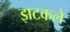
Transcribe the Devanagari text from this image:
झटकले